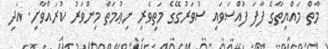
މާތް މައްޔިތާގެ ފާފަ ފުއްސަވައި ސުވަރުގޭގެ މަތިވެރި ނިޢުމަތް މިންވަރު ކުރައްވާށި. އަދި